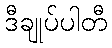
ဒီချုပ်ပါတီ